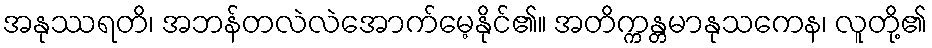
အနုဿရတိ၊ အဘန်တလဲလဲအောက်မေ့နိုင်၏။ အတိက္ကန္တမာနုသကေန၊ လူတို့၏